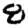
Digit: 8